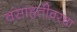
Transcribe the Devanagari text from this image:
वसाहतीवरचा